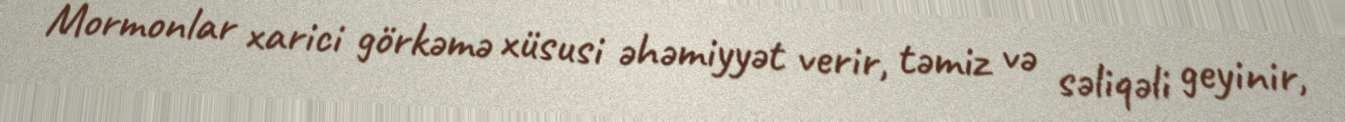
Mormonlar xarici görkəmə xüsusi əhəmiyyət verir, təmiz və səliqəli geyinir,